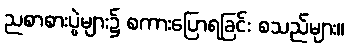
ညစာစားပွဲများ၌ စကားပြောရခြင်း စသည်များ။